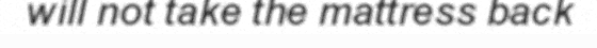
will not take the mattress back